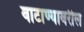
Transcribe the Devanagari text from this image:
वाटाण्यावरील